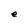
Character: e